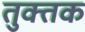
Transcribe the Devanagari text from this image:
तुक्तक